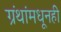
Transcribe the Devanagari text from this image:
ग्रंथांमधूनही